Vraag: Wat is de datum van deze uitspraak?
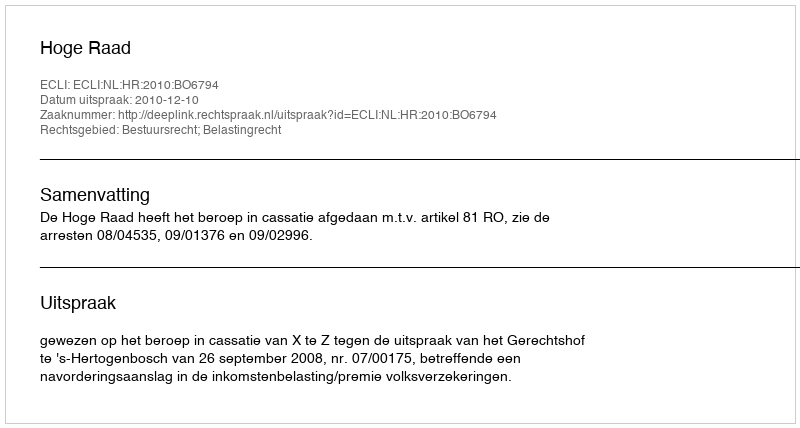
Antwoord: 2010-12-10